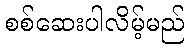
စစ်ဆေးပါလိမ့်မည်